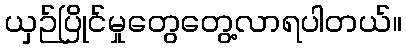
ယှဉ်ပြိုင်မှုတွေတွေ့လာရပါတယ်။